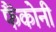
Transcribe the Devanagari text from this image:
फैंकोनी